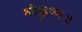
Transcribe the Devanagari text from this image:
श्रीकृष्ण॥